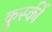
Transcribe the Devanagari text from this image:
कुर्स्की